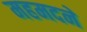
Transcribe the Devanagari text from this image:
महमदने